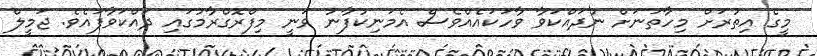
މީގެ އިތުރަށް މިހާތަނަށް ނުދައްކަވާ ވާހަކައެއްވެސް އެމަނިކުފާނު ވަނީ މިފްރޮގްރާމުގައި ދައްކަވާފައެވެ. ޖަމީލް